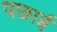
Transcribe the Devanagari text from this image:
पछाई